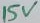
Text: 15V